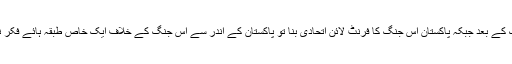
نائن الیون کی جنگ کے بعد جبکہ پاکستان اس جنگ کا فرنٹ لائن اتحادی بنا تو پاکستان کے اندر سے اس جنگ کے خلاف ایک خاص طبقہ ہائے فکر نے آوزیں بلند کیں۔